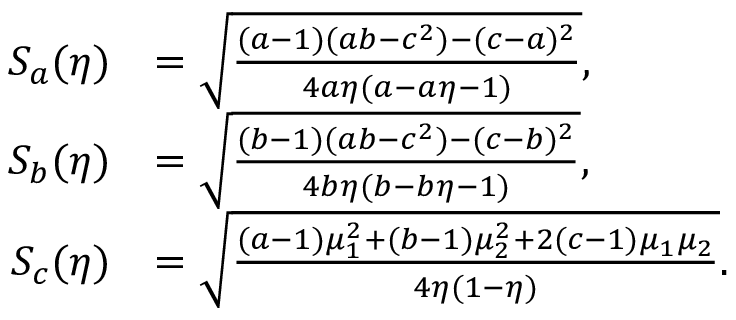
\begin{array} { r l } { S _ { a } ( \eta ) } & { = \sqrt { \frac { ( a - 1 ) ( a b - c ^ { 2 } ) - ( c - a ) ^ { 2 } } { 4 a \eta ( a - a \eta - 1 ) } } , } \\ { S _ { b } ( \eta ) } & { = \sqrt { \frac { ( b - 1 ) ( a b - c ^ { 2 } ) - ( c - b ) ^ { 2 } } { 4 b \eta ( b - b \eta - 1 ) } } , } \\ { S _ { c } ( \eta ) } & { = \sqrt { \frac { ( a - 1 ) \mu _ { 1 } ^ { 2 } + ( b - 1 ) \mu _ { 2 } ^ { 2 } + 2 ( c - 1 ) \mu _ { 1 } \mu _ { 2 } } { 4 \eta ( 1 - \eta ) } } . } \end{array}